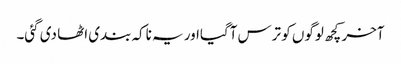
آخر کچھ لوگوں کو ترس آگیااور یہ ناکہ بندی اٹھا دی گئی۔